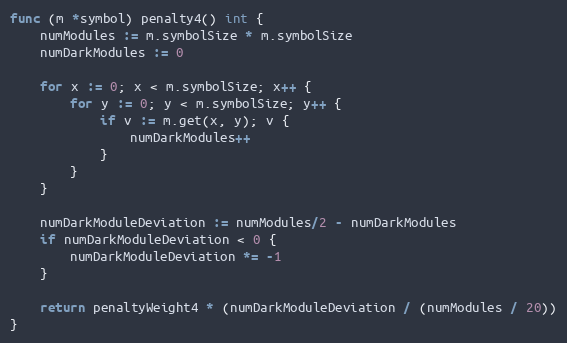
Language: Go
func (m *symbol) penalty4() int {
	numModules := m.symbolSize * m.symbolSize
	numDarkModules := 0

	for x := 0; x < m.symbolSize; x++ {
		for y := 0; y < m.symbolSize; y++ {
			if v := m.get(x, y); v {
				numDarkModules++
			}
		}
	}

	numDarkModuleDeviation := numModules/2 - numDarkModules
	if numDarkModuleDeviation < 0 {
		numDarkModuleDeviation *= -1
	}

	return penaltyWeight4 * (numDarkModuleDeviation / (numModules / 20))
}